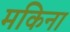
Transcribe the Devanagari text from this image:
मकिना